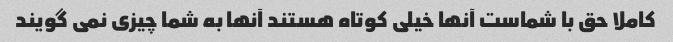
کاملا حق با شماست آنها خیلی کوتاه هستند آنها به شما چیزی نمی گویند